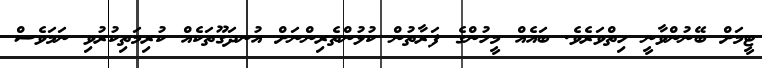
ޓީމަށް ބޭނުންވާނީ ހިތްވަރެވެ. ބައެއް މީހުންގެ ފަރާތުން ކުޅުންތެރިންނަށް އުނދަގޫތަކެއް ކުރިމަތިކުރުވި ނަމަވެސް